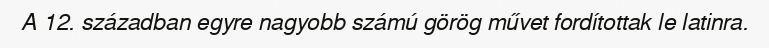
A 12. században egyre nagyobb számú görög művet fordítottak le latinra.